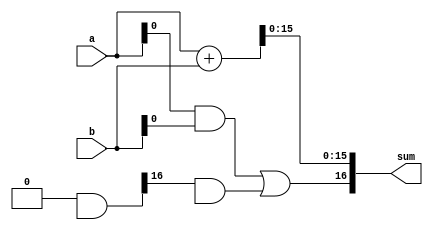
module brent_kung_adder (
    input wire [15:0] a,
    input wire [15:0] b,
    output reg [16:0] sum
);

wire [15:0] p[3:0];
wire [15:0] g[3:0];
wire [16:0] c[3:0];

assign {c[0], sum[15:0]} = a + b;
assign {p[0], g[0]} = a & b;
assign {p[1], g[1]} = p[0] & c[0];
assign {p[2], g[2]} = p[1] & c[1];
assign {p[3], g[3]} = p[2] & c[2];

assign c[3] = g[0] | (p[0] & c[0]) | (p[1] & c[1]) | (p[2] & c[2]);

always @(*) begin
    sum[16] = c[3];
end

endmodule